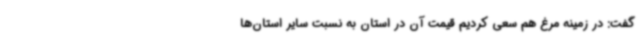
گفت: در زمینه مرغ هم سعی کردیم قیمت آن در استان به نسبت سایر استان‌ها